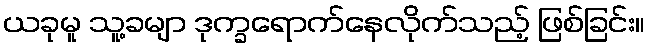
ယခုမူ သူ့ခမျာ ဒုက္ခရောက်နေလိုက်သည့် ဖြစ်ခြင်း။